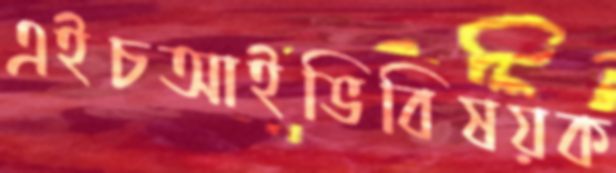
এইচআইভিবিষয়ক